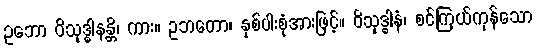
ဥဘော ဝိသုဒ္ဓါနန္တိ၊ ကား။ ဥဘတော၊ နှစ်ပါးစုံအားဖြင့်။ ဝိသုဒ္ဓါနံ၊ စင်ကြယ်ကုန်သော